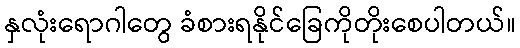
နှလုံးရောဂါတွေ ခံစားရနိုင်ခြေကိုတိုးစေပါတယ်။